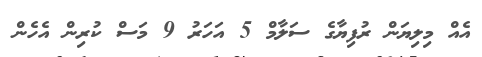
އެއް މިލިޔަން ރުފިޔާގެ ސަލާމް 5 އަހަރު 9 މަސް ކުރިން އެހެން